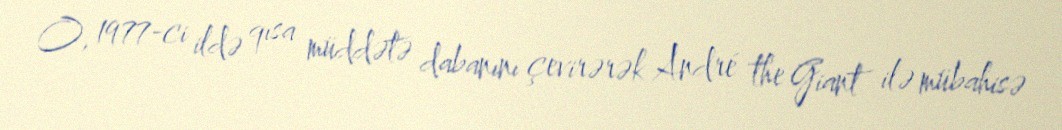
O, 1977-ci ildə qısa müddətə dabanını çevirərək André the Giant ilə mübahisə